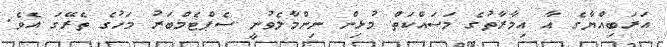
އަރަބިއްޔާގެ އާ އިމާރާތުގެ މަސައްކަތް މުޅިން ނިންމާލެވުނީ ސެޕްޓެމްބަރު މަހުގެ ތެރޭގަ އެވެ.